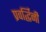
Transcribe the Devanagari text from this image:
प्रवर्द्धिनी